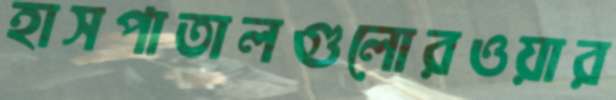
হাসপাতালগুলোরওয়ার